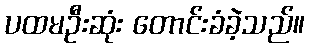
ပထမဦးဆုံး တောင်းခံခဲ့သည်။